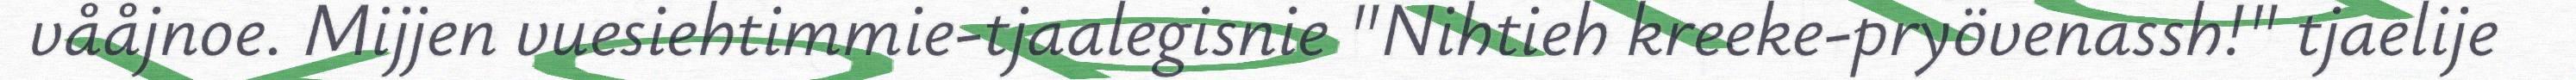
vååjnoe. Mijjen vuesiehtimmie-tjaalegisnie "Nihtieh kreeke-pryövenassh!" tjaelije